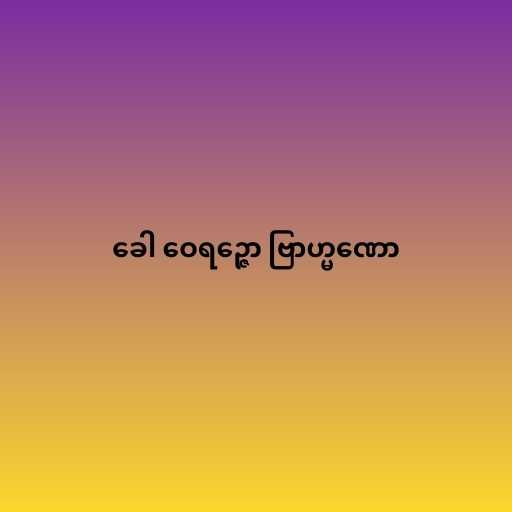
ခေါ ဝေရဉ္ဇော ဗြာဟ္မဏော